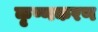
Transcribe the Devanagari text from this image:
कृष्णकरण